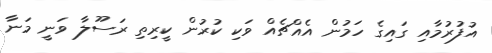
އުފުރުމާއި ގައިގެ ހަމުން އެއްޗެއް ވަކި ކުރުން ކީރިތި ރަސޫލާ ވަނީ މަނާ